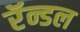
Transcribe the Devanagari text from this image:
रॅन्डल